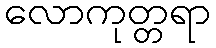
လောကုတ္တရာ